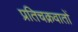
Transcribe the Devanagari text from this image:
प्रतिचक्रवातों